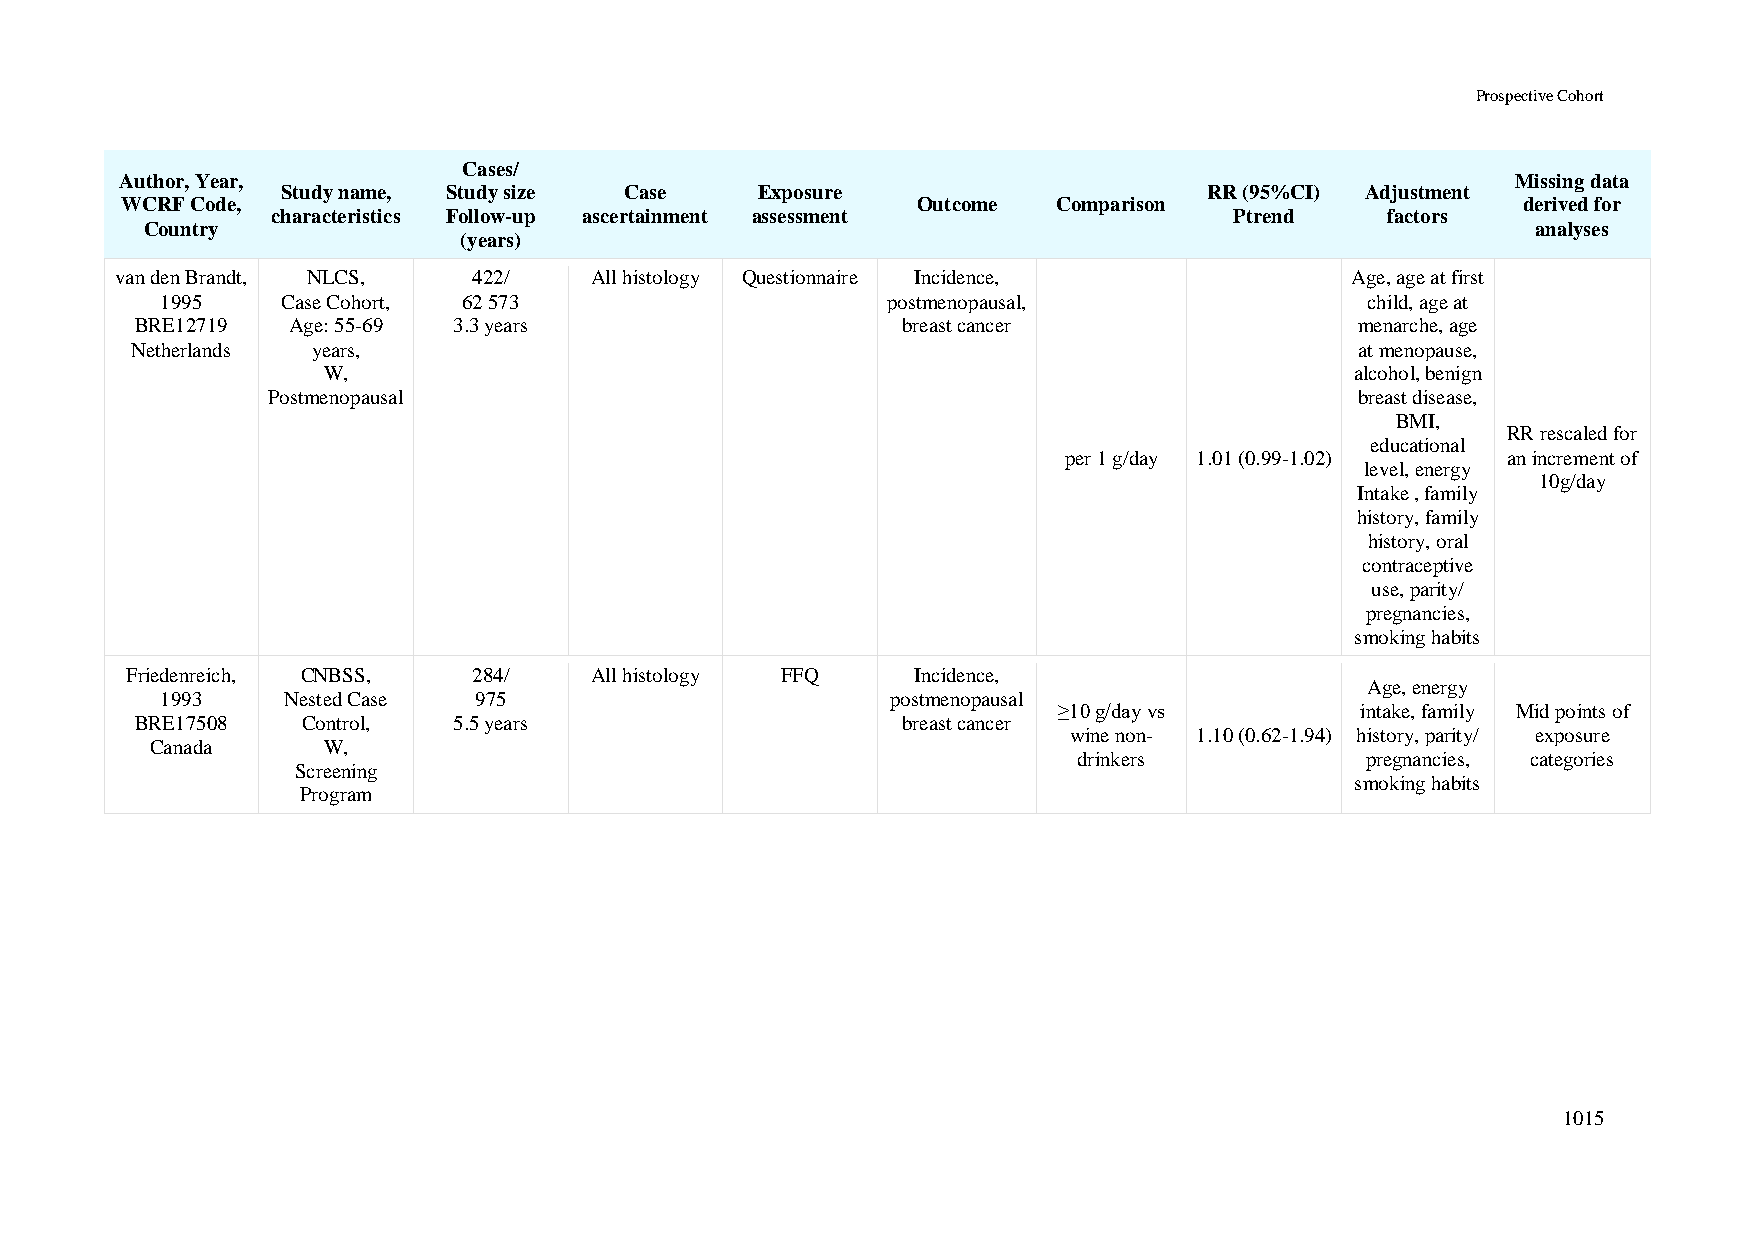
Prospective Cohort
 Cases/
 Author, Year,                                                                               Missing data
 Study name, Study size Case    Exposure                      RR (95%CI) Adjustment
 WCRF Code,                                           Outcome  Comparison                     derived for
 characteristics Follow-up ascertainment assessment              Ptrend    factors
 Country                                                                                     analyses
 (years)
 van den Brandt, NLCS,  422/    All histology Questionnaire Incidence,            Age, age at first
 1995    Case Cohort, 62 573                     postmenopausal,                 child, age at
 BRE12719  Age: 55-69 3.3 years                     breast cancer                 menarche, age
 Netherlands years,                                                               at menopause,
 W,                                                                   alcohol, benign
 Postmenopausal                                                          breast disease,
 BMI,
 RR rescaled for
 educational
 per 1 g/day 1.01 (0.99-1.02)  an increment of
 level, energy
 10g/day
 Intake , family
 history, family
 history, oral
 contraceptive
 use, parity/
 pregnancies,
 smoking habits
 Friedenreich, CNBSS,   284/    All histology FFQ     Incidence,
 Age, energy
 1993    Nested Case 975                         postmenopausal
 ≥10 g/day vs        intake, family Mid points of
 BRE17508   Control,  5.5 years                     breast cancer
 wine non- 1.10 (0.62-1.94) history, parity/ exposure
 Canada     W,
 drinkers           pregnancies, categories
 Screening
 smoking habits
 Program
 1015